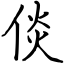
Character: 倓